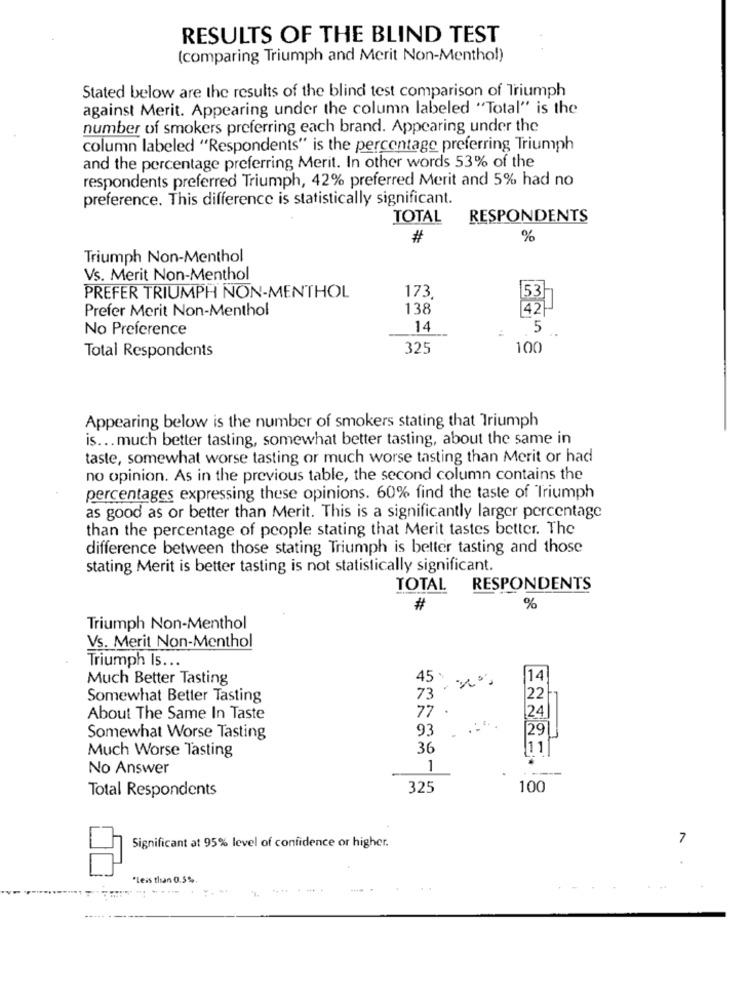
RESULTS OF THE BLIND TEST
(comparing Triumph and Merit Non-Menthol)
Stated below are the results of the blind test comparison of Triumph
against Merit. Appearing under the column labeled "Total" is the
number of smokers preferring each brand. Appearing under the
column labeled "Respondents" is the percentage preferring Triumph
and the percentage preferring Merit. In other words 53% of the
respondents preferred Triumph, 42% preferred Merit and 5% had no
preference. This difference is statistically significant.
TOTAL RESPONDENTS
#
%
Triumph Non-Menthol
Vs. Merit Non-Menthol
173.
PREFER TRIUMPH NON-MENTHOL
53
Prefer Merit Non-Menthol
138
42
No Preference
14
5
Total Respondents
325
100
Appearing below is the number of smokers stating that Triumph
is ... much better tasting, somewhat better tasting, about the same in
taste, somewhat worse tasting or much worse tasting than Merit or had
no opinion. As in the previous table, the second column contains the
percentages expressing these opinions. 60% find the taste of Triumph
as good as or better than Merit. This is a significantly larger percentage
than the percentage of people stating that Merit tastes better. The
difference between those stating Triumph is better tasting and those
stating Merit is better tasting is not statistically significant.
TOTAL RESPONDENTS
#
%
Triumph Non-Menthol
Vs. Merit Non-Menthol
Triumph Is ...
Much Better Tasting
45 %
14
73
Somewhat Better Tasting
22
77
.
24
About The Same In Taste
93
291
Somewhat Worse Tasting
36
11
Much Worse Tasting
No Answer
1
----
Total Respondents
325
100
7
Significant at 95% level of confidence or higher.
"less than 0.5%.